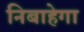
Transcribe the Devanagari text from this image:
निबाहेगा